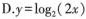
D.$$y=\log_{2}(2x)$$